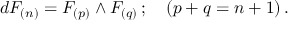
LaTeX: d F _ { ( n ) } = F _ { ( p ) } \wedge F _ { ( q ) } \, ; \ \ \ ( p + q = n + 1 ) \, .